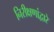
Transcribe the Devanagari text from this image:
निरीक्षणांद्वारे